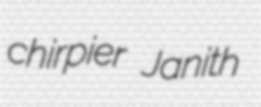
chirpier Janith